Document type: Sale
Year: 1354
Scribe: Bernat de Torre
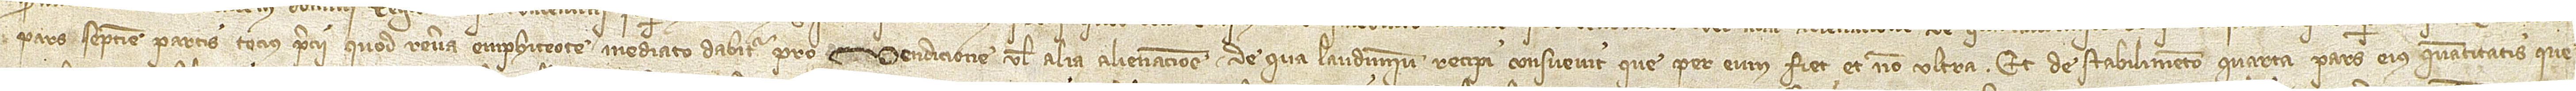
pars septime partis tocius precii quod revera emphiteote mediato dabitur pro vendicione vel alia alienacione de qua laudimium recepi consuevit que per eum fiet, et non ultra; et de stabilimento quarta pars eius quantitatis que